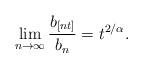
LaTeX: \begin{align*}\lim_{n \to \infty} \frac{b_{[nt]}}{b_n} = t^{2/\alpha}.\end{align*}